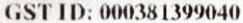
GST ID: 000381399040